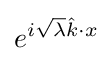
e^{i{\sqrt {\lambda }}{\hat {k}}\cdot x}